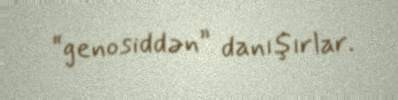
“genosiddən” danışırlar.